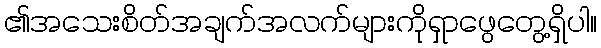
၏အသေးစိတ်အချက်အလက်များကိုရှာဖွေတွေ့ရှိပါ။